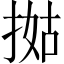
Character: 𢯐